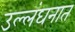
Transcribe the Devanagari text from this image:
उल्लंघनात